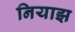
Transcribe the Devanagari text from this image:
नियाझ